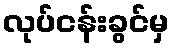
လုပ်ငန်းခွင်မှ